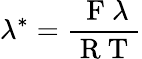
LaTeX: \lambda^{*}=\frac{\mathrm{~F~}\lambda}{\mathrm{~R~T~}}